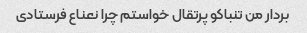
بردار من تنباکو پرتقال خواستم چرا نعناع فرستادی